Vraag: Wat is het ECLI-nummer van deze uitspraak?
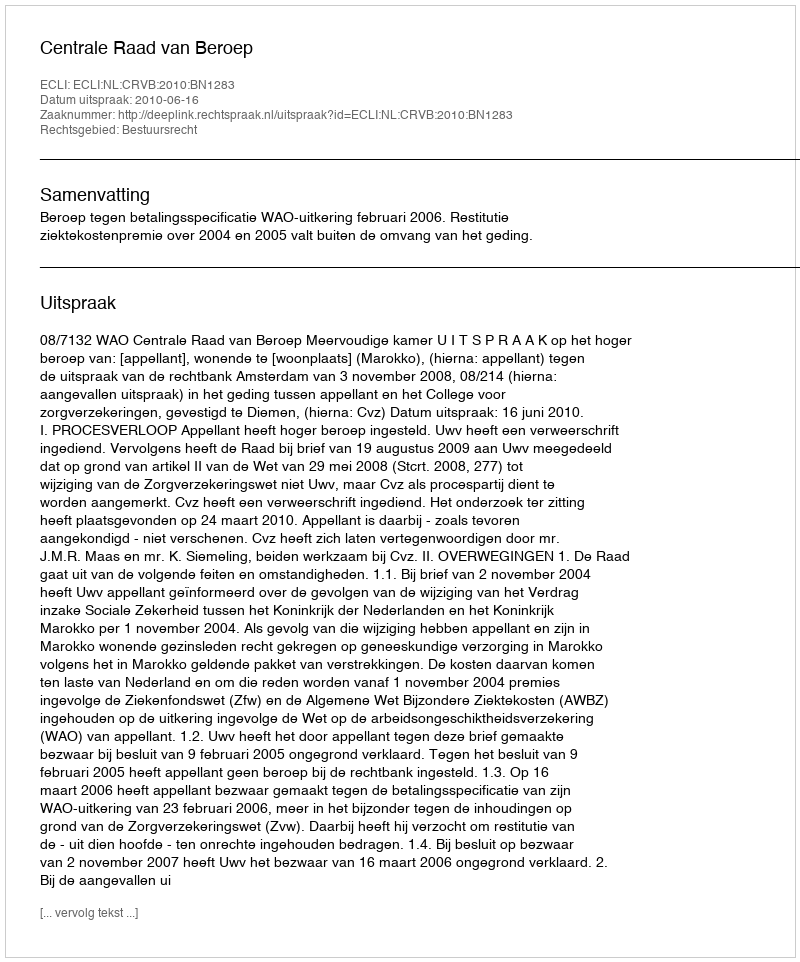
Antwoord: ECLI:NL:CRVB:2010:BN1283